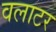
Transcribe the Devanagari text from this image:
वलाटर